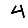
Digit: 4